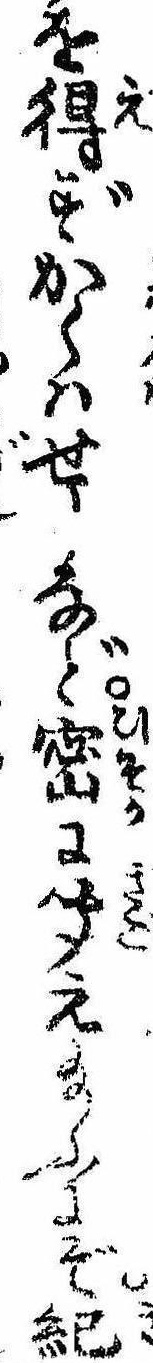
を得ずかくはせしなど密に聞え給ふにぞ紀